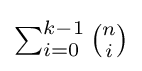
{\textstyle \sum _{i=0}^{k-1}{\tbinom {n}{i}}}